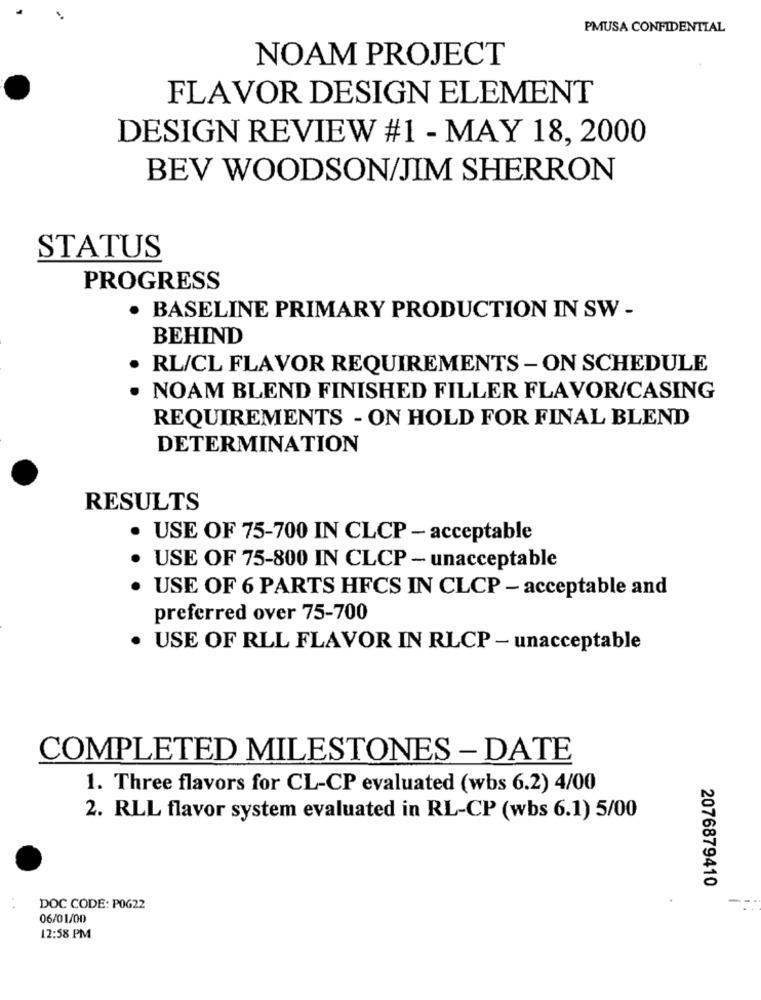
PMUSA CONFIDENTIAL
NOAM PROJECT
FLAVOR DESIGN ELEMENT
DESIGN REVIEW #1 - MAY 18, 2000
BEV WOODSON/JIM SHERRON
STATUS
PROGRESS
. BASELINE PRIMARY PRODUCTION IN SW -
BEHIND
· RL/CL FLAVOR REQUIREMENTS - ON SCHEDULE
. NOAM BLEND FINISHED FILLER FLAVOR/CASING
REQUIREMENTS - ON HOLD FOR FINAL BLEND
DETERMINATION
RESULTS
· USE OF 75-700 IN CLCP - acceptable
USE OF 75-800 IN CLCP - unacceptable
USE OF 6 PARTS HFCS IN CLCP - acceptable and
preferred over 75-700
· USE OF RLL FLAVOR IN RLCP - unacceptable
COMPLETED MILESTONES - DATE
1. Three flavors for CL-CP evaluated (wbs 6.2) 4/00
2. RLL flavor system evaluated in RL-CP (wbs 6.1) 5/00
2076879410
DOC CODE: P0G22
06/01/00
12:58 PM